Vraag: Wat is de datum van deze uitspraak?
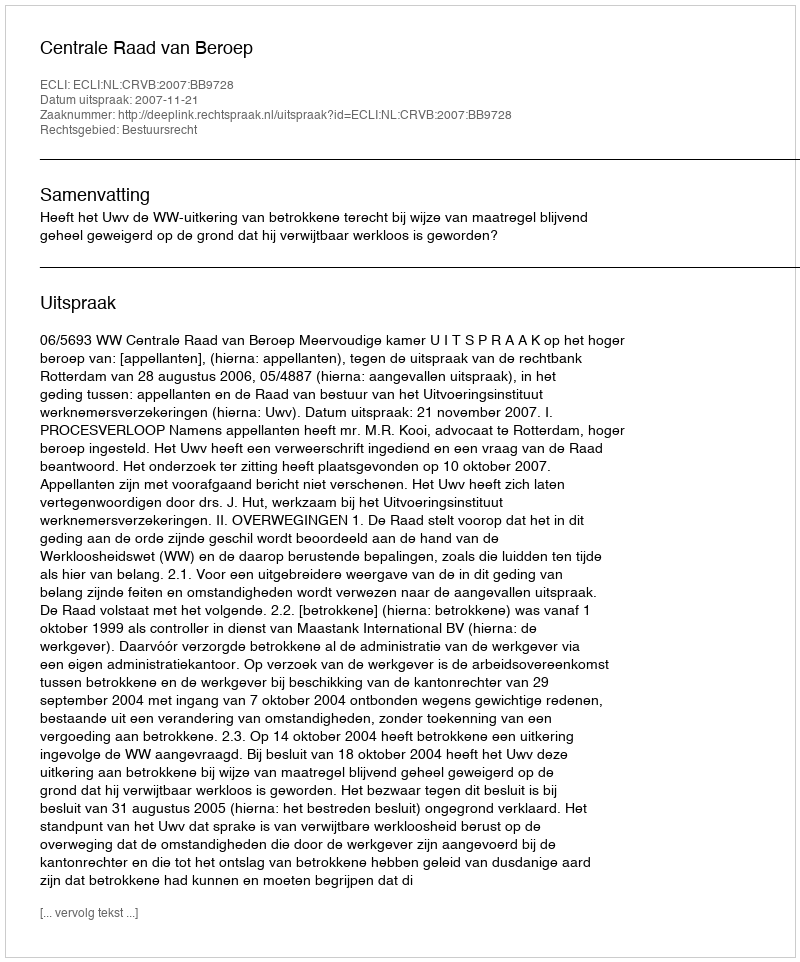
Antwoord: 2007-11-21